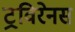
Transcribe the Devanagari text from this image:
ट्रविरेनस